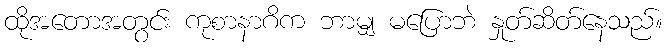
ထိုအတောအတွင်း ကုစာနာဂိက ဘာမျှ မပြောဘဲ နှုတ်ဆိတ်နေသည်။